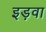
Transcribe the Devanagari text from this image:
इड़वा